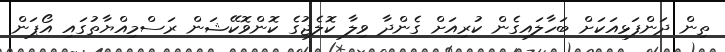
ތިން ދަންފަޅިއަކަށް ބަހާލައިގެން ކުރިއަށް ގެންދާ ވިލާ ކޮލެޖުގެ ކޮންވޮކޭޝަން ރަސްމިއްޔާތުގައި އޯޕަން